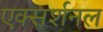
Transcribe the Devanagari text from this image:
एक्सर्शनल